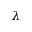
\lambda